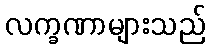
လက္ခဏာများသည်